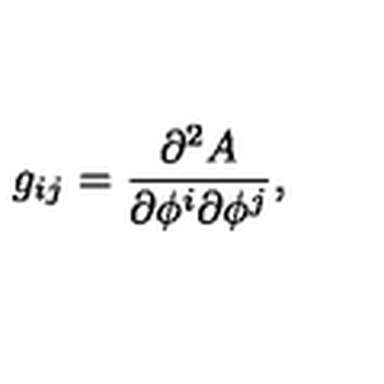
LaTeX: g _ { i j } = \frac { \partial ^ { 2 } A } { \partial \phi ^ { i } \partial \phi ^ { j } } ,